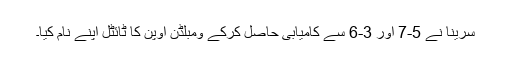
سرینا نے 5-7 اور 3-6 سے کامیابی حاصل کرکے ومبلڈن اوپن کا ٹائٹل اپنے نام کیا۔